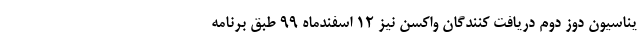
یناسیون دوز دوم دریافت کنندگان واکسن نیز 12 اسفندماه ۹۹ طبق برنامه